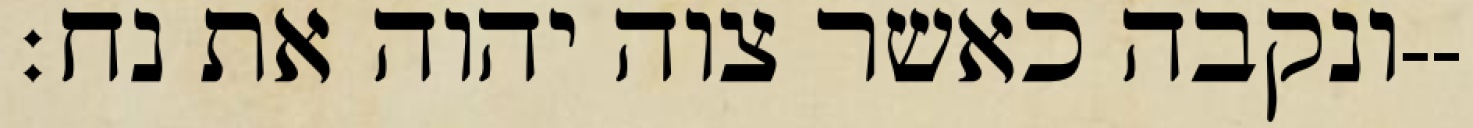
ונקבה כאשר צוה יהוה את נח׃--